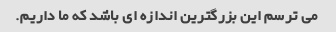
می ترسم این بزرگترین اندازه ای باشد که ما داریم.